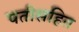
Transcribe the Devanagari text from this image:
पतीसहित